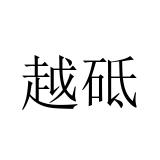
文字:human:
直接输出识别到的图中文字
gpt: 越砥